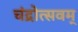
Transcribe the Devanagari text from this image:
चंद्रोत्सवम्